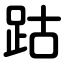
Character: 跍